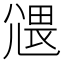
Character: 𡰂